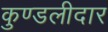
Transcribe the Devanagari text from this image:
कुण्डलीदार